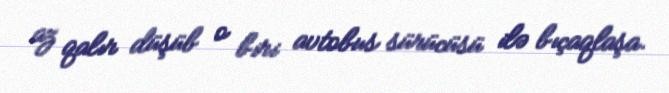
az qalır düşüb o biri avtobus sürücüsü ilə bıçaqlaşa.